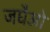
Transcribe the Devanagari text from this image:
जघैओ